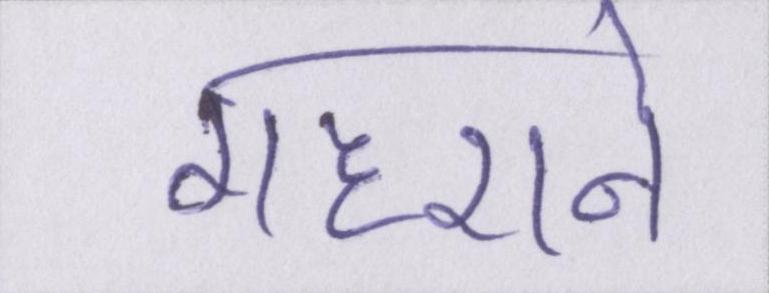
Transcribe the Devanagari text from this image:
गहराने